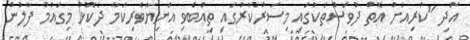
އަދި "ކުރިއަށް އޮތް ދުވަސްތަކުގައި މިސަރުކާރުގައި ތިއްބެވި އަނިޔާވެރިކަމާ ދެކޮޅު މިގައުމު ފާލުން